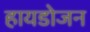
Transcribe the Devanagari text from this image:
हायडोजन